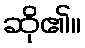
ဆို၏။